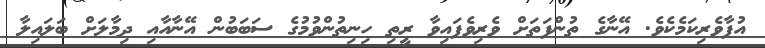
އުފާވެރިކަމެކެވެ. އޭނާގެ ތުންފަތަށް ވެރިވެފައިވާ ރީތި ހިނިތުންވުމުގެ ސަބަބުން އޭނާއާއި ދިމާލަށް ބަލައިލާ